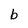
Character: b